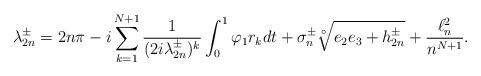
LaTeX: \begin{align*}\lambda_{2n}^\pm= 2n\pi-i \sum_{k=1}^{N+1}\frac{1}{(2i\lambda_{2n}^\pm)^k}\int_0^1\varphi_1r_kdt + \sigma_n^\pm\sqrt[\circ ]{e_2e_3+h_{2n}^\pm}+\frac{\ell^2_n}{n^{N+1}}.\end{align*}